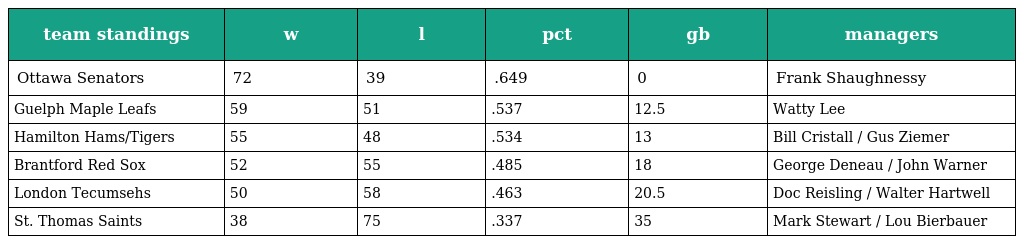
| team standings | w | l | pct | gb | managers |
 | --- | --- | --- | --- | --- | --- |
 | Ottawa Senators | 72 | 39 | .649 | 0 | Frank Shaughnessy |
 | Guelph Maple Leafs | 59 | 51 | .537 | 12.5 | Watty Lee |
 | Hamilton Hams/Tigers | 55 | 48 | .534 | 13 | Bill Cristall / Gus Ziemer |
 | Brantford Red Sox | 52 | 55 | .485 | 18 | George Deneau / John Warner |
 | London Tecumsehs | 50 | 58 | .463 | 20.5 | Doc Reisling / Walter Hartwell |
 | St. Thomas Saints | 38 | 75 | .337 | 35 | Mark Stewart / Lou Bierbauer |